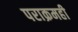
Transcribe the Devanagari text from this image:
पराक्रमही